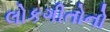
લોકગીતોનો